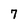
Character: 7